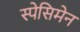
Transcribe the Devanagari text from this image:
स्पेसिमेन